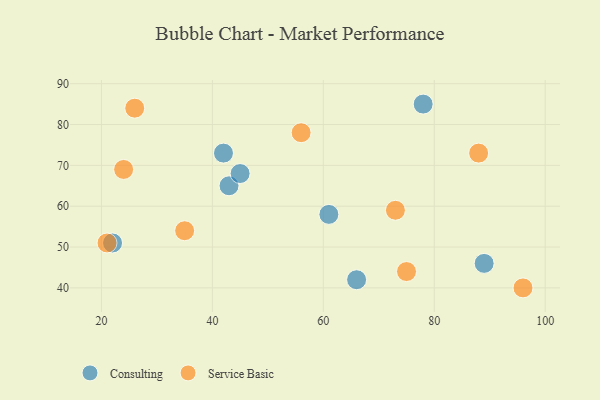
{"axis": {"x": "GDP", "y": "Life Expectancy"}, "legend": ["Consulting", "Service Basic"], "data": [{"x": "66", "y": 42, "type": "Consulting"}, {"x": "78", "y": 85, "type": "Consulting"}, {"x": "61", "y": 58, "type": "Consulting"}, {"x": "42", "y": 73, "type": "Consulting"}, {"x": "22", "y": 51, "type": "Consulting"}, {"x": "43", "y": 65, "type": "Consulting"}, {"x": "45", "y": 68, "type": "Consulting"}, {"x": "89", "y": 46, "type": "Consulting"}, {"x": "96", "y": 40, "type": "Service Basic"}, {"x": "35", "y": 54, "type": "Service Basic"}, {"x": "73", "y": 59, "type": "Service Basic"}, {"x": "26", "y": 84, "type": "Service Basic"}, {"x": "21", "y": 51, "type": "Service Basic"}, {"x": "56", "y": 78, "type": "Service Basic"}, {"x": "75", "y": 44, "type": "Service Basic"}, {"x": "24", "y": 69, "type": "Service Basic"}, {"x": "88", "y": 73, "type": "Service Basic"}]}